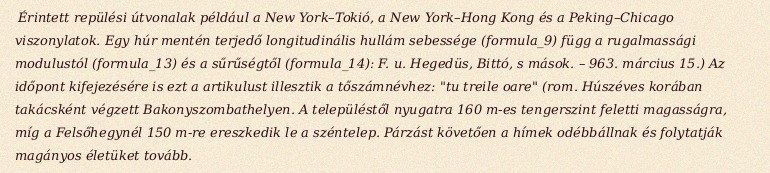
Érintett repülési útvonalak például a New York–Tokió, a New York–Hong Kong és a Peking–Chicago viszonylatok. Egy húr mentén terjedő longitudinális hullám sebessége (formula_9) függ a rugalmassági modulustól (formula_13) és a sűrűségtől (formula_14): F. u. Hegedüs, Bittó, s mások. – 963. március 15.) Az időpont kifejezésére is ezt a artikulust illesztik a tőszámnévhez: "tu treile oare" (rom. Húszéves korában takácsként végzett Bakonyszombathelyen. A településtől nyugatra 160 m-es tengerszint feletti magasságra, míg a Felsőhegynél 150 m-re ereszkedik le a széntelep. Párzást követően a hímek odébbállnak és folytatják magányos életüket tovább.